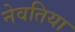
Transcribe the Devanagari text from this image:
नेवतिया